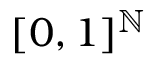
\lbrack 0 , 1 \rbrack ^ { \mathbb { N } }